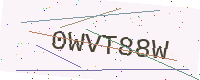
Text: 0WVT88W